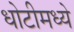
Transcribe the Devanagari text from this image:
धोटीमध्ये